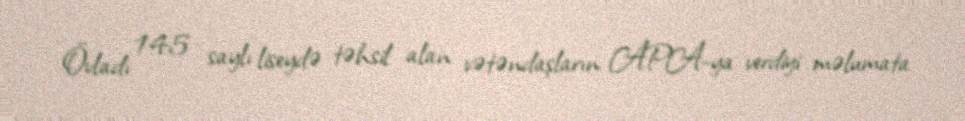
Övladı 145 saylı liseydə təhsil alan vətəndaşların APA-ya verdiyi məlumata